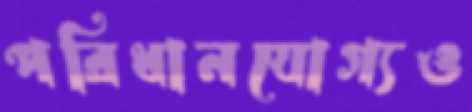
পরিধানযোগ্যও